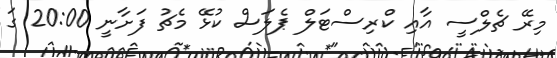
މިރޭ ޗެލްސީ އާއި ކްރިސްޓަލް ޕެލަސް ކުޅޭ މެޗު ފަށާނީ 20:00 ގަ